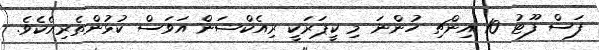
ފަސް ފޫޓު 10 އިންޗި ހުންނަ މި ކީޕަރަކީ ރިއެކްޝަން އަވަސް ކުޅުންތެރިއެކެވެ.